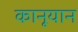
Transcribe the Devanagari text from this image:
कानूयान